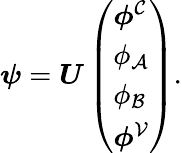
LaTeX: \begin{array}{r}{\boldsymbol{\psi}=\boldsymbol{{U}}\left(\begin{array}{l}{\boldsymbol\phi^{\mathcal{C}}}\\ {\phi_{\mathcal{A}}}\\ {\phi_{\mathcal{B}}}\\ {\boldsymbol\phi^{\mathcal{V}}}\end{array}\right).}\end{array}